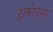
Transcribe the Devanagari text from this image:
ट्राकोग्रामा